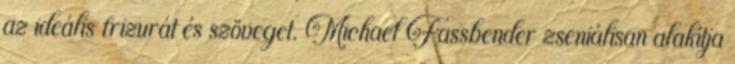
az ideális frizurát és szöveget. Michael Fassbender zseniálisan alakítja